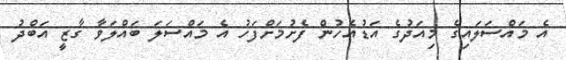
އެ މައްސަލައިގެ މިއަދުގެ އަޑުއެހުން ފެށުމަށްފަހު އެ މައްސަލަ ބައްލަވާ ގާޒީ އަބްދު